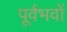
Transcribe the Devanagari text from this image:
पूर्वभवों